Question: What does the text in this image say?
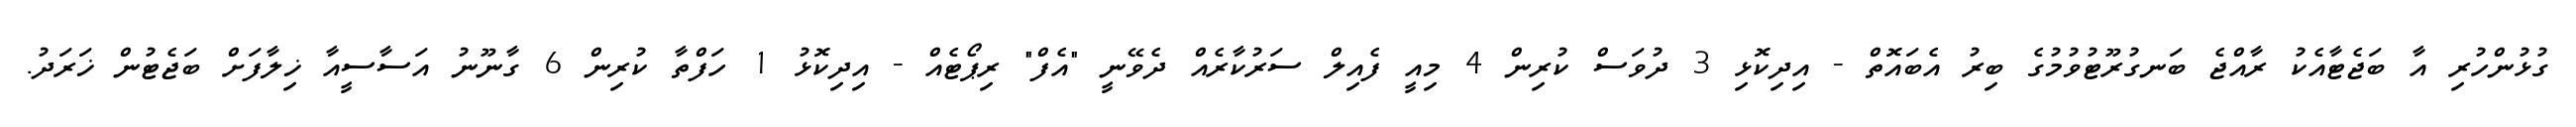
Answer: ގުޅުންހުރި އާ ބަޖެޓާއެކު ރާއްޖެ ބަނގުރޫޓުވުމުގެ ބިރު އެބައޮތް - އިދިކޮޅި 3 ދުވަސް ކުރިން 4 މިއީ ފެއިލް ސަރުކާރެއް ދެވޭނީ "އެފް" ރިޕޯޓެއް - އިދިކޮޅު 1 ހަފްތާ ކުރިން 6 ގާނޫނު އަސާސީއާ ޚިލާފަށް ބަޖެޓުން ޚަރަދު.